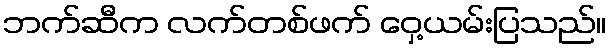
ဘက်ဆီက လက်တစ်ဖက် ဝှေ့ယမ်းပြသည်။